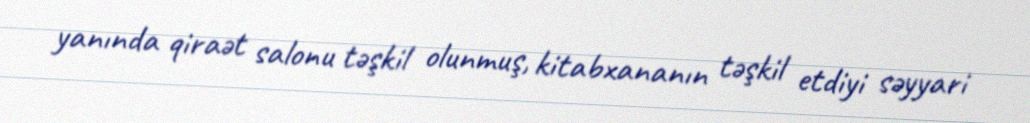
yanında qiraət salonu təşkil olunmuş, kitabxananın təşkil etdiyi səyyari